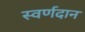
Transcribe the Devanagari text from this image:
स्वर्णदान